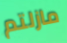
مازلتم